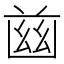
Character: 𦱳